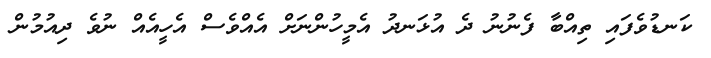
ކަނޑުވެފައި ތިއްބާ ފެނުނު ދެ އުޅަނދު އެމީހުންނަށް އެއްވެސް އެހީއެއް ނުވެ ދިއުމުން